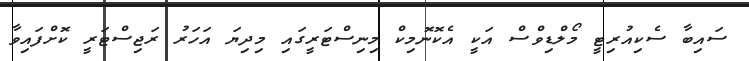
ސައިބާ ސެކިއުރިޓީ މޯލްޑިވްސް އަކީ އެކޮނޮމިކް މިނިސްޓަރީގައި މިދިޔަ އަހަރު ރަޖިސްޓަރީ ކޮށްފައިވާ